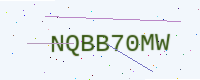
Text: NQBB70MW